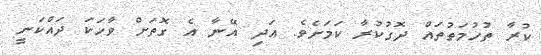
ކުރާ ތުހުމަތުތައް ދޮގުކުރާ ކަމަށެވެ. އަދި އޭނާ އެ ގޮތަށް ވާހަކަ ދައްކަނީ